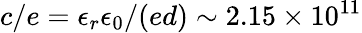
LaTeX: c/e=\epsilon_{r}\epsilon_{0}/(ed)\sim 2.15\times 10^{11}